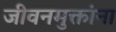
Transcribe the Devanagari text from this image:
जीवनमुक्तांना